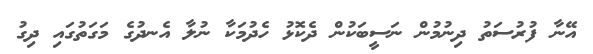
އޭނާ ފުރުސަތު ދިނުމުން ނަސީބަކުން ދެކޮޅު ހެދުމަކާ ނުލާ އެނދުގެ މަގަތުގައި ދިގު